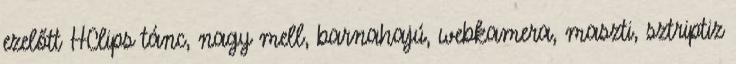
ezelőtt HClips tánc, nagy mell, barnahajú, webkamera, maszti, sztriptiz